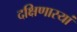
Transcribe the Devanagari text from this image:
दक्षिणास्यां